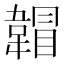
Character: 𲊣